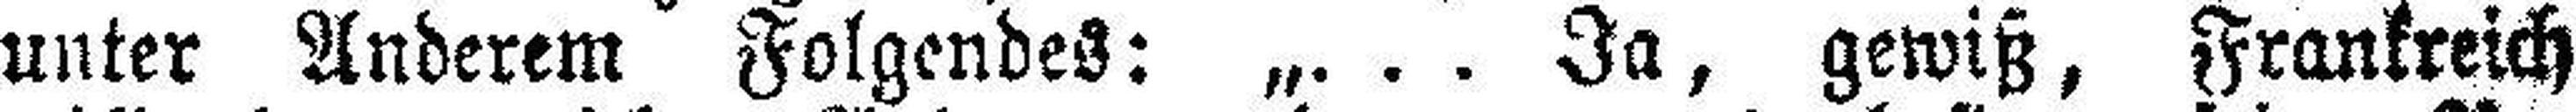
unter Anderem Folgendes: „. . . Ja, gewiß, Frankreich